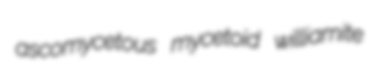
ascomycetous mycetoid williamite